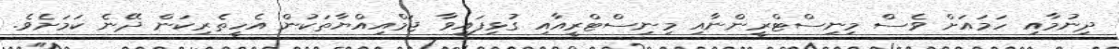
ދިނުމާއި ހަމައަށް ވެސް މިނިސްޓްރީންނާއި މިނިސްޓްރީއާއި ގުޅިފައިވާ ޖަމްއިއްޔާތަކުން އެހީތެރިކަން ދޭނެ ކަމަށެވެ.